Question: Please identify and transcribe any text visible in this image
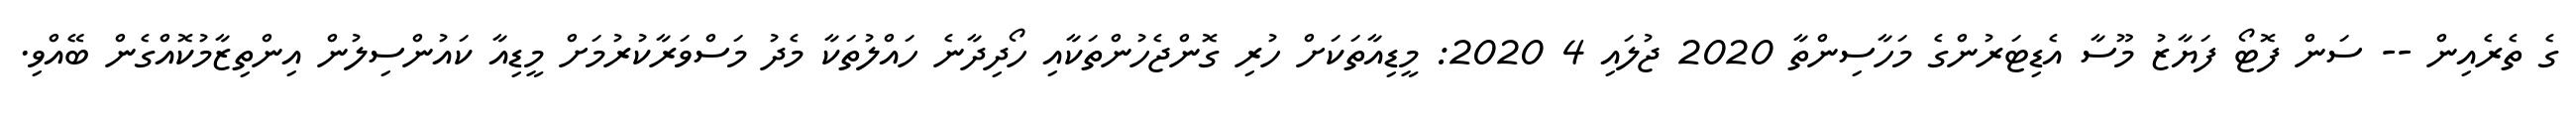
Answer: ގެ ތެރެއިން -- ސަން ފޮޓޯ ފަޔާޒު މޫސާ އެޑިޓަރުންގެ މަހާސިންތާ 2020 ޖުލައި 4 2020: މީޑިއާތަކަށް ހުރި ގޮންޖެހުންތަކާއި ހޯދިދާނެ ހައްލުތަކާ މެދު މަސްވަރާކުރުމަށް މީޑިއާ ކައުންސިލުން އިންތިޒާމުކޮއްގެން ބޭއްވި.